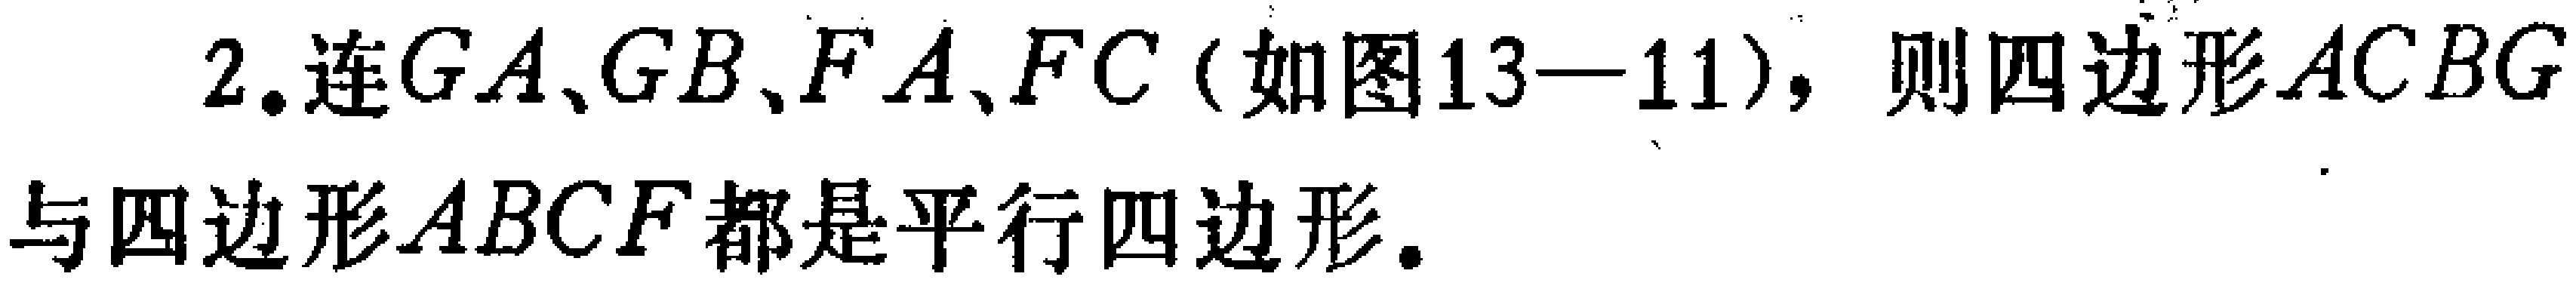
2. 连\(GA\)、\(GB\)、\(FA\)、\(FC\)（如图13—11），则四边形\(ACBG\)与四边形\(ABCF\)都是平行四边形。